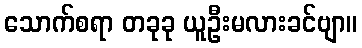
သောက်စရာ တခုခု ယူဦးမလားခင်ဗျာ။